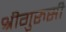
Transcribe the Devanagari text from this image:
श्रीगुरुसी